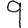
Digit: 9